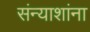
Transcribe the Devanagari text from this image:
संन्याशांना